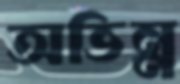
অভিন্ন